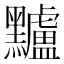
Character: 黸